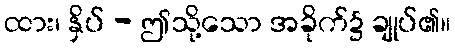
ထား၊ နှိပ် - ဤသို့သော အခိုက်၌ ချုပ်၏။